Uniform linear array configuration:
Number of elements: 32
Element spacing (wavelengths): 0.25
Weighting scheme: uniform
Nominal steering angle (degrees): -15
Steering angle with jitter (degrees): -13.997
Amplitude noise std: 0.05
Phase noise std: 0.05

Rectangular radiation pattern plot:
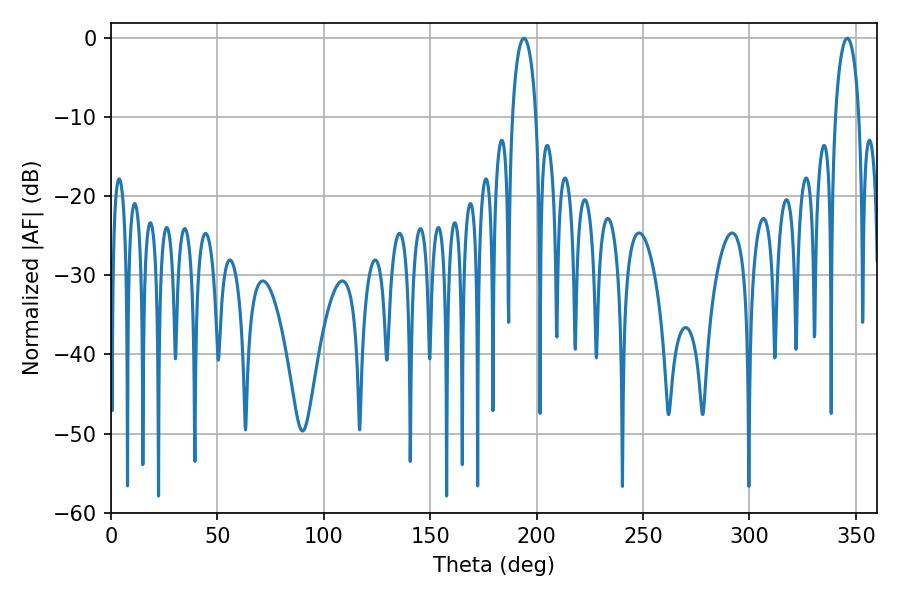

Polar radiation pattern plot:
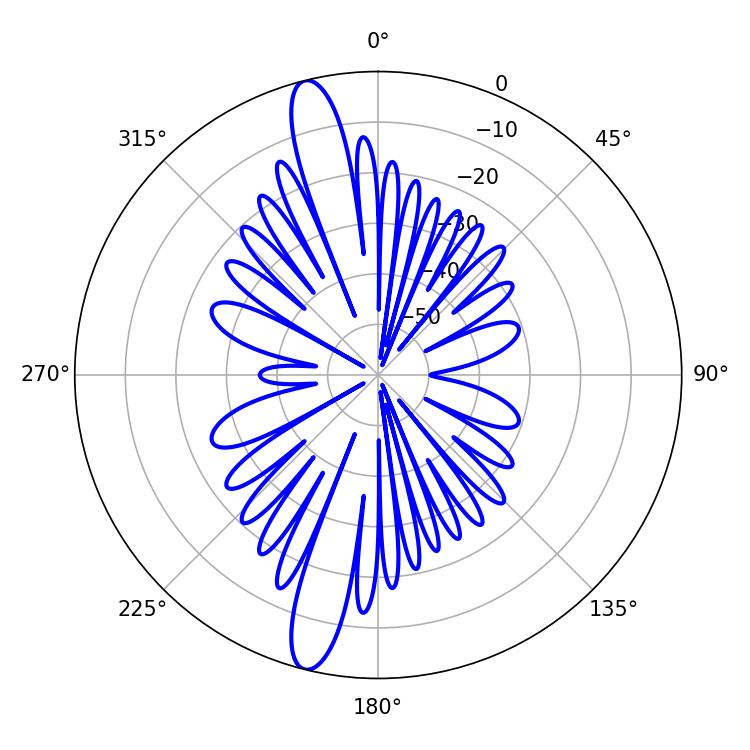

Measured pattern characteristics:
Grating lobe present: FALSE
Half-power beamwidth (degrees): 6.48
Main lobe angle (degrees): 194.04